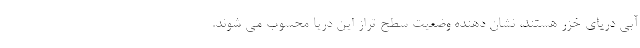
آبی دریای خزر هستند، نشان دهنده وضعیت سطح تراز این دریا محسوب می شوند.